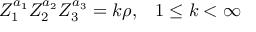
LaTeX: Z _ { 1 } ^ { a _ { 1 } } Z _ { 2 } ^ { a _ { 2 } } Z _ { 3 } ^ { a _ { 3 } } = k \rho , \; \; \; 1 \leq k < \infty